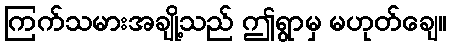
ကြက်သမားအချို့သည် ဤရွာမှ မဟုတ်ချေ။